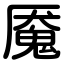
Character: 魇